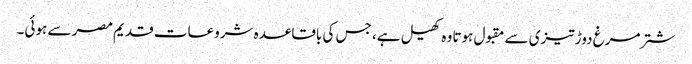
شتر مرغ دوڑ تیزی سے مقبول ہوتا وہ کھیل ہے، جس کی باقاعدہ شروعات قدیم مصر سے ہوئی۔